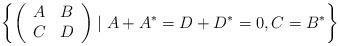
LaTeX: \begin{align*} \left\{\left(\begin{array}{cc} A & B \\ C & D \end{array}\right) \mid A+A^{*}=D+D^{*}=0,C=B^{*}\right\}\end{align*}